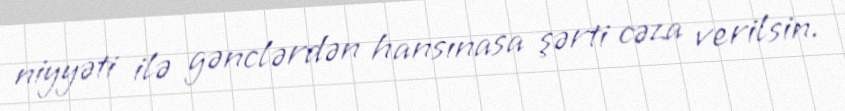
niyyəti ilə gənclərdən hansınasa şərti cəza verilsin.